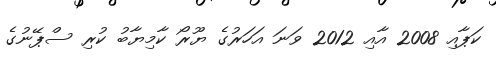
ކަޕާއި 2008 އާއި 2012 ވަނަ އަހަރުގެ ޔޫރޯ ކާމިޔާބު ކުރި ސްޕޭނުގެ